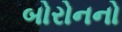
બોરોનનો